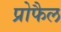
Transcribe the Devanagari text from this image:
प्रोफैल